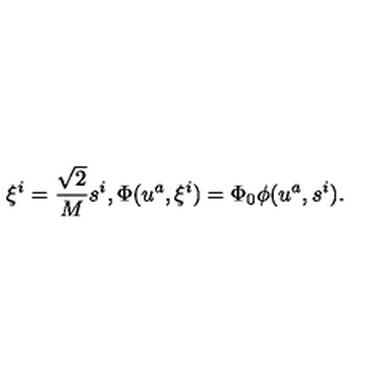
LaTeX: \xi ^ { i } = \frac { \sqrt { 2 } } { M } s ^ { i } , \Phi ( u ^ { a } , \xi ^ { i } ) = \Phi _ { 0 } \phi ( u ^ { a } , s ^ { i } ) .